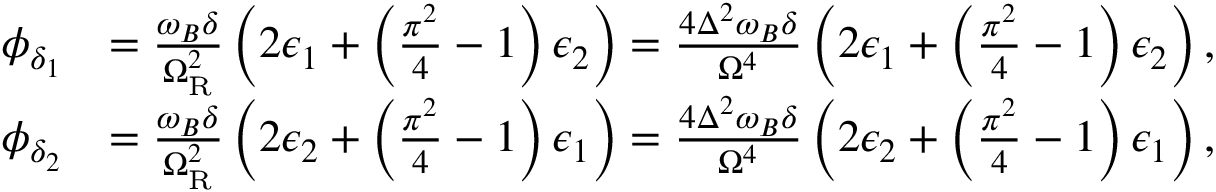
\begin{array} { r l } { \phi _ { \delta _ { 1 } } } & { = \frac { \omega _ { B } \delta } { \Omega _ { \mathrm { R } } ^ { 2 } } \left( 2 \epsilon _ { 1 } + \left( \frac { \pi ^ { 2 } } { 4 } - 1 \right) \epsilon _ { 2 } \right) = \frac { 4 \Delta ^ { 2 } \omega _ { B } \delta } { \Omega ^ { 4 } } \left( 2 \epsilon _ { 1 } + \left( \frac { \pi ^ { 2 } } { 4 } - 1 \right) \epsilon _ { 2 } \right) , } \\ { \phi _ { \delta _ { 2 } } } & { = \frac { \omega _ { B } \delta } { \Omega _ { \mathrm { R } } ^ { 2 } } \left( 2 \epsilon _ { 2 } + \left( \frac { \pi ^ { 2 } } { 4 } - 1 \right) \epsilon _ { 1 } \right) = \frac { 4 \Delta ^ { 2 } \omega _ { B } \delta } { \Omega ^ { 4 } } \left( 2 \epsilon _ { 2 } + \left( \frac { \pi ^ { 2 } } { 4 } - 1 \right) \epsilon _ { 1 } \right) , } \end{array}